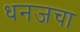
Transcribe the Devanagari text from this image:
धनजचा